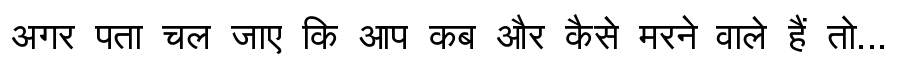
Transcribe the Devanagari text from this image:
अगर पता चल जाए कि आप कब और कैसे मरने वाले हैं तो...